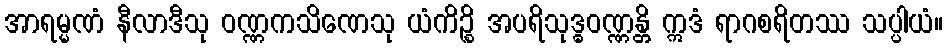
အာရမ္မဏံ နီလာဒီသု ဝဏ္ဏကသိဏေသု ယံကိဉ္စိ အပရိသုဒ္ဓဝဏ္ဏန္တိ ဣဒံ ရာဂစရိတဿ သပ္ပါယံ။